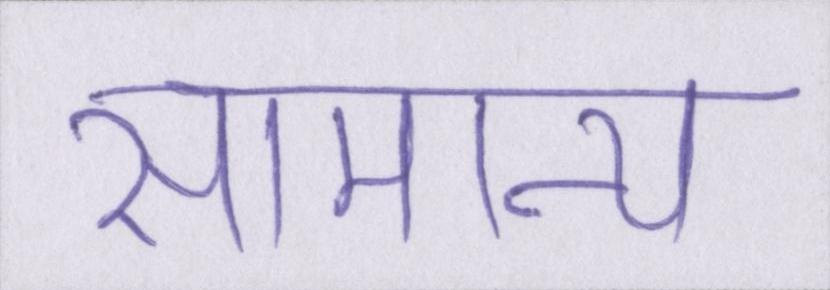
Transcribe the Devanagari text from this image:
सामान्य